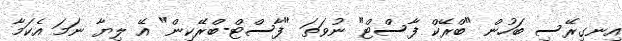
އިނގިރޭސި ބަހުން "ބްރޭކް ފާސްޓް" ނުވަތަ "ފާސްޓް-ބްރޭކިން" އޭ ލިޔާ ނަމަ އެކަމާ